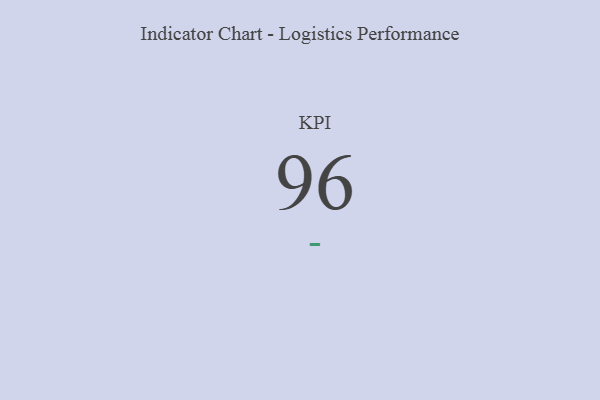
{"axis": {"x": "KPI", "y": "Value"}, "legend": [""], "data": [{"x": "KPI", "y": 96, "type": ""}]}